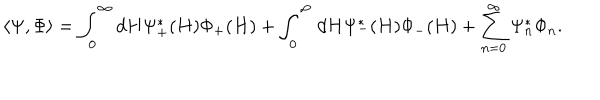
LaTeX: \langle \Psi , \Phi \rangle = \int _ { 0 } ^ { \infty } d H \Psi _ { + } ^ { * } ( H ) \Phi _ { + } ( H ) + \int _ { 0 } ^ { \infty } d H \Psi _ { - } ^ { * } ( H ) \Phi _ { - } ( H ) + \sum _ { n = 0 } ^ { \infty } \Psi _ { n } ^ { * } \Phi _ { n } .